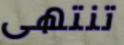
تنتهى